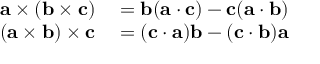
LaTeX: \begin{array} { r l } { \mathbf { a } \times ( \mathbf { b } \times \mathbf { c } ) } & { { } = \mathbf { b } ( \mathbf { a } \cdot \mathbf { c } ) - \mathbf { c } ( \mathbf { a } \cdot \mathbf { b } ) } \\ { ( \mathbf { a } \times \mathbf { b } ) \times \mathbf { c } } & { { } = ( \mathbf { c } \cdot \mathbf { a } ) \mathbf { b } - ( \mathbf { c } \cdot \mathbf { b } ) \mathbf { a } } \end{array}